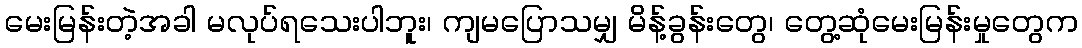
မေးမြန်းတဲ့အခါ မလုပ်ရသေးပါဘူး၊ ကျမပြောသမျှ မိန့်ခွန်းတွေ၊ တွေ့ဆုံမေးမြန်းမှုတွေက